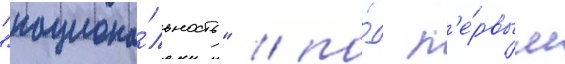
"национа́льность" / по́д п'е́рвым